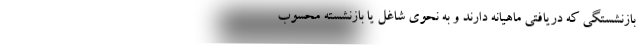
بازنشستگی که دریافتی ماهیانه دارند و به نحوی شاغل یا بازنشسته محسوب